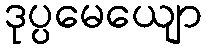
ဒုပ္ပမေယျော